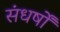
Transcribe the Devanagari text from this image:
संधर्षों